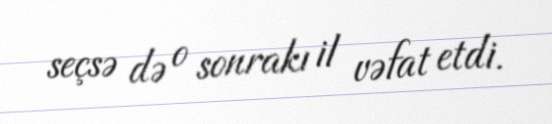
seçsə də o sonrakı il vəfat etdi.